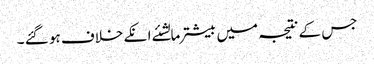
جس کے نتیجہ میں بیشترمالشئے انکے خلاف ہو گئے ۔